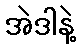
အဲဒါနဲ့